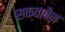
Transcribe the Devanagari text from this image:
सक्वाबैन